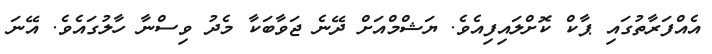
އެއްފަރާތުގައި ޕާކް ކޮށްލައިފިއެވެ. ޔަޝްމްއަށް ދޭނެ ޖަވާބަކާ މެދު ވިސްނާ ހާލުގައެވެ. އޭނަ